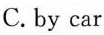
C.by car